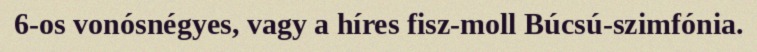
6-os vonósnégyes, vagy a híres fisz-moll Búcsú-szimfónia.